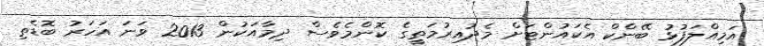
އަމިއްލަފުޅު ބޭންކް އެކައުންޓަށް މެދުއިރުމަތީގެ ކޮންމެވެސް ދިމާއަކުން 2013 ވަނަ އަހަރު ބޮޑެތި